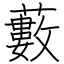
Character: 藪